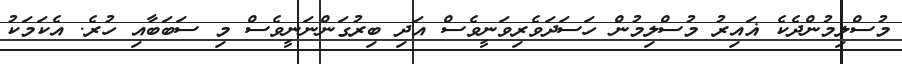
މުސްލިމުންދެކެ ޣައިރު މުސްލިމުން ހަސަދަވެރިވަނީވެސް އަދި ބިރުގަންނަނީވެސް މި ސަބަބާއި ހުރެ. އެކަމަކު